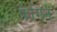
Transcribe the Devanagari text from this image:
फैगिन